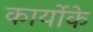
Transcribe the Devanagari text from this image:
कार्योके